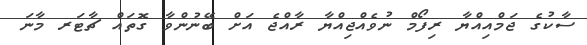
ސާކުގެ ޖަމްއިއްޔާ ރިފޯމް ނުވެއްޖިއްޔާ ރާއްޖެ އަށް ބޭނުންވާ ގޮތައް ޗާޓަރ މާނަ